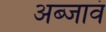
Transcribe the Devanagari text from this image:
अब्जावं